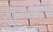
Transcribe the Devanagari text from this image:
ख़ुन्जराब